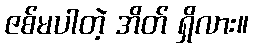
ဇစ်မပါတဲ့ အိတ် ရှိလား။